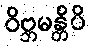
ဝိဗ္ဘမန္တိပိ